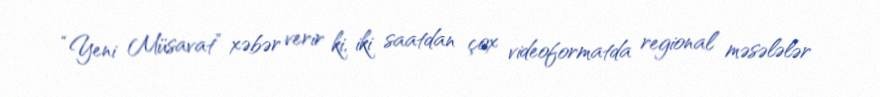
“Yeni Müsavat” xəbər verir ki, iki saatdan çox videoformatda regional məsələlər